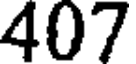
407